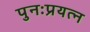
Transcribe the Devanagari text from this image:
पुनःप्रयत्न